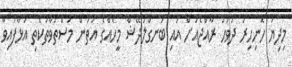
މިދިޔަ ހޮނިހިރު ދުވަހު ރާއްޖެއަށް އައި ބަނގްލަދޭޝް މީހެއްގެ އަތުން މަސްތުވާތަކެތި އަޅާފައިވާ